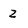
Character: z